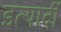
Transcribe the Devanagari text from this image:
इत्यार्दी